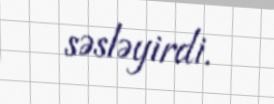
səsləyirdi.